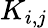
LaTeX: K_{i,j}